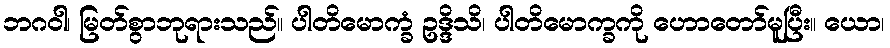
ဘဂဝါ၊ မြတ်စွာဘုရားသည်။ ပါတိမောက္ခံ ဥဒ္ဒိသိ၊ ပါတိမောက္ခကို ဟောတော်မူပြီး။ ယော၊